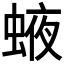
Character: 𧌊